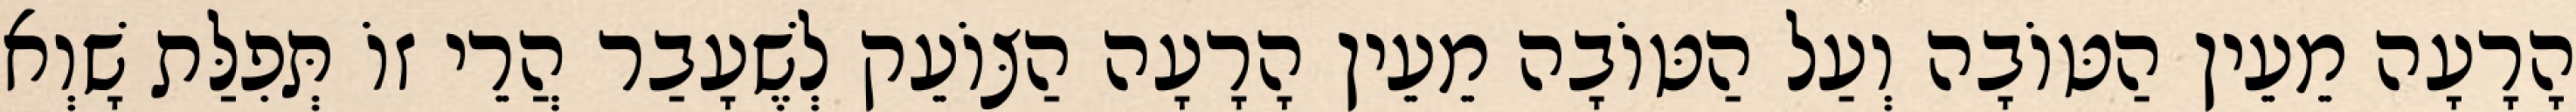
הָרָעָה מֵעֵין הַטּוֹבָה וְעַל הַטּוֹבָה מֵעֵין הָרָעָה הַצּוֹעֵק לְשֶׁעָבַר הֲרֵי זוֹ תְּפִלַּת שָׁוְא